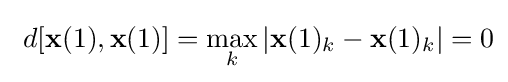
\ d[\mathbf {x} (1),\mathbf {x} (1)]=\max _{k}|\mathbf {x} (1)_{k}-\mathbf {x} (1)_{k}|=0